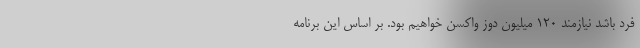
فرد باشد نیازمند ۱۲۰ میلیون دوز واکسن خواهیم بود. بر اساس این برنامه